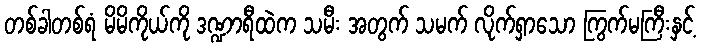
တစ်ခါတစ်ရံ မိမိကိုယ်ကို ဒဏ္ဍာရီထဲက သမီး အတွက် သမက် လိုက်ရှာသော ကြွက်မကြီးနှင့်